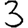
Digit: 3